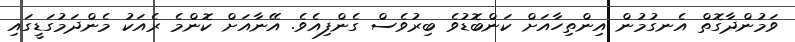
ވަމުންދާގޮތް އެނގުމުން އިންތިހާއަށް ކަންބޮޑުވެ ބިރުވެސް ގެންފިއެވެ. އޭނާއަށް ކޮންމެ ރެއަކު މެންދަމުގަޑީގައި